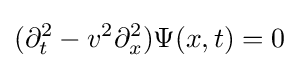
(\partial _{t}^{2}-v^{2}\partial _{x}^{2})\Psi (x,t)=0